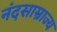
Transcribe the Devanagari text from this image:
नंदसाम्राज्य